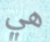
هي